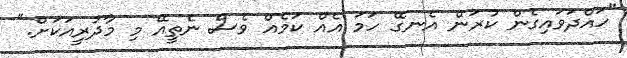
"ހައްދަވައިގެން ކުރަން އެނގޭ ހަމަ އެއް ކަމެއް ވެސް ނެތީއޭ މި މާދުރީއަކަށް."